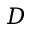
D